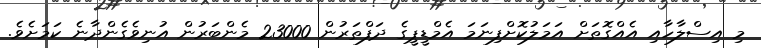
މި އިސްލާހާއި އެއްގޮތަށް އަމަލުކޮށްފިނަމަ އެމްޑީޕީގެ ދަފްތަރުން 23000 މެންބަރުން އުނިވެގެންދާނެ ކަމަށެވެ.